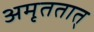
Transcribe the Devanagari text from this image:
अमृततात्